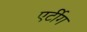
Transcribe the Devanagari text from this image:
एर्टीग